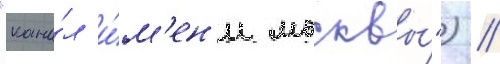
"кана́л и́м'ен'и москвы́") /